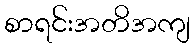
စာရင်းအတိအကျ